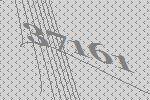
37161